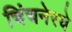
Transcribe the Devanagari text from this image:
चिंचनेरचे